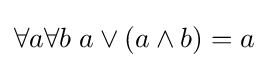
\forall a\forall b\;a\vee (a\wedge b)=a